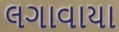
લગાવાયા